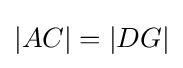
|AC|=|DG|